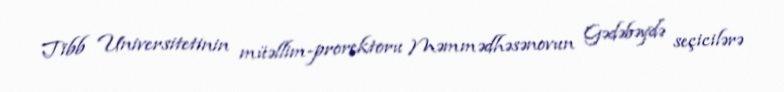
Tibb Universitetinin müəllim-prorektoru Məmmədhəsənovun Gədəbəydə seçicilərə